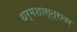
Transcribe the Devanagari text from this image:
धर्मशास्त्रावर